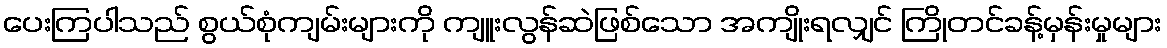
ပေးကြပါသည် စွယ်စုံကျမ်းများကို ကျူးလွန်ဆဲဖြစ်သော အကျိုးရလျှင် ကြိုတင်ခန့်မှန်းမှုများ